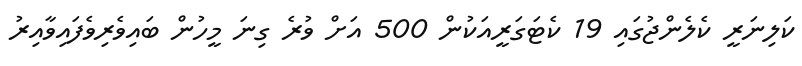
ކަލިނަރީ ކެލެންޖުގައި 19 ކެޓަގަރީއަކުން 500 އަށް ވުރެ ގިނަ މީހުން ބައިވެރިވެފައިވާއިރު